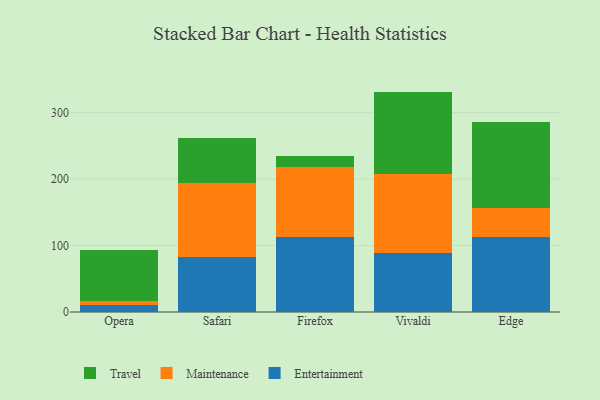
{"axis": {"x": "Browser", "y": "Humidity (%)"}, "legend": ["Entertainment", "Maintenance", "Travel"], "data": [{"x": "Opera", "y": 10.6, "type": "Entertainment"}, {"x": "Opera", "y": 5.9, "type": "Maintenance"}, {"x": "Opera", "y": 76.4, "type": "Travel"}, {"x": "Safari", "y": 83.3, "type": "Entertainment"}, {"x": "Safari", "y": 111.1, "type": "Maintenance"}, {"x": "Safari", "y": 68.0, "type": "Travel"}, {"x": "Firefox", "y": 112.7, "type": "Entertainment"}, {"x": "Firefox", "y": 106.1, "type": "Maintenance"}, {"x": "Firefox", "y": 15.6, "type": "Travel"}, {"x": "Vivaldi", "y": 88.1, "type": "Entertainment"}, {"x": "Vivaldi", "y": 119.6, "type": "Maintenance"}, {"x": "Vivaldi", "y": 123.9, "type": "Travel"}, {"x": "Edge", "y": 112.7, "type": "Entertainment"}, {"x": "Edge", "y": 43.4, "type": "Maintenance"}, {"x": "Edge", "y": 129.3, "type": "Travel"}]}